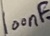
Text: 100nF